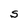
Character: S